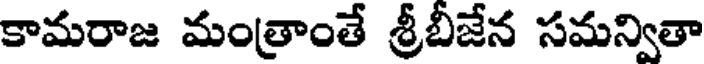
కామరాజ మంత్రాంతే శ్రీబీజేన సమన్వితా